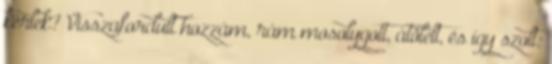
kérlek? Visszafordult hozzám, rám mosolygott, átölelt, és így szolt: